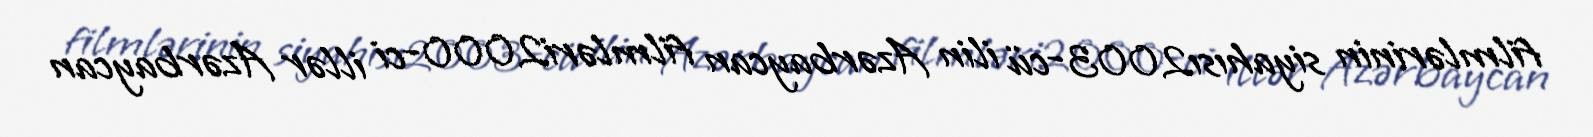
filmlərinin siyahısı2003-cü ilin Azərbaycan filmləri2000-ci illər Azərbaycan